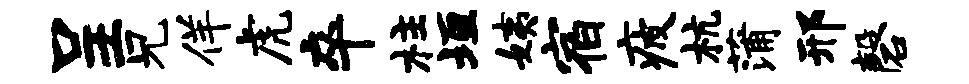
呈兄佯虎卒柱垣姨宿疲杭蒲邢磬